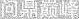
问鼎巅峰